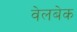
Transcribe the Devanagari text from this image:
वेलबेक